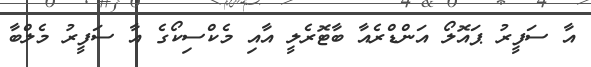
އާ ސަފީރު ޕައޮލޯ އަންޑްރެއާ ބާޓޮރެލީ އާއި މެކްސިކޯގެ އާ ސަފީރު މެލްބާ